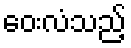
ဝေးလံသည့်